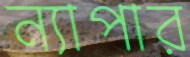
ন্যাপার